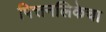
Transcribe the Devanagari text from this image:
पित्तनलिकेचा